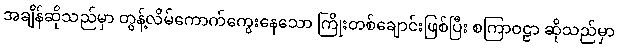
အချိန်ဆိုသည်မှာ တွန့်လိမ်ကောက်ကွေးနေသော ကြိုးတစ်ချောင်းဖြစ်ပြီး စကြာဝဠာ ဆိုသည်မှာ